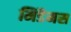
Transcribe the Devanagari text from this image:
मिडैमस